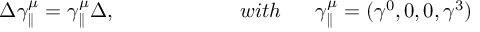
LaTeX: \Delta \gamma _ { \parallel } ^ { \mu } = \gamma _ { \parallel } ^ { \mu } \Delta , \qquad \qquad \qquad w i t h \ \mathrm { \quad ~ } \gamma _ { \parallel } ^ { \mu } = ( \gamma ^ { 0 } , 0 , 0 , \gamma ^ { 3 } )